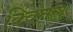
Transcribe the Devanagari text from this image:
क्विंतल